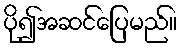
ပို၍အဆင်ပြေမည်။